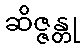
ဆိဇ္ဇန္တု